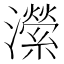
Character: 瀠